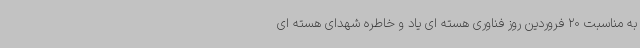
به مناسبت 20 فروردین روز فناوری هسته ای یاد و خاطره شهدای هسته ای